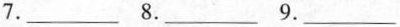
7.___ 8.___ 9.___